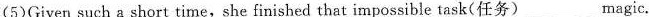
(5)Given such a short time, she finished that impossible task(任务) ___ magic.